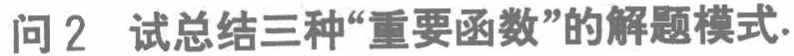
问2 试总结三种“重要函数”的解题模式.